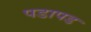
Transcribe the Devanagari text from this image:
पडापड